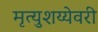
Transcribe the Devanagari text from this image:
मृत्युशय्येवरी